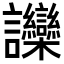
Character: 𬣘